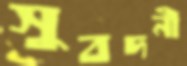
সুবদনী